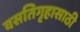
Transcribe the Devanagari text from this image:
वसतिगृहासाठी